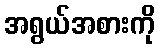
အရွယ်အစားကို